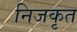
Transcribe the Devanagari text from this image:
निजकृत